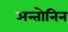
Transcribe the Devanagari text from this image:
अन्तोनिन